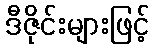
ဒီဇိုင်းများဖြင့်